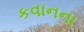
કવાનના